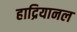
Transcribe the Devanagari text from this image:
हाद्रियानल